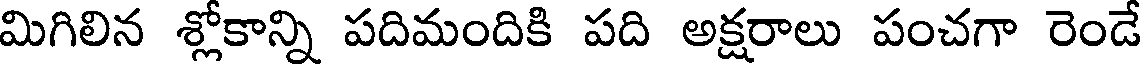
మిగిలిన శ్లోకాన్ని పదిమందికి పది అక్షరాలు పంచగా రెండే